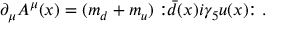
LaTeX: \partial _ { \mu } A ^ { \mu } ( x ) = ( m _ { d } + m _ { u } ) : \! \! { \bar { d } } ( x ) i \gamma _ { 5 } u ( x ) \! \! : .